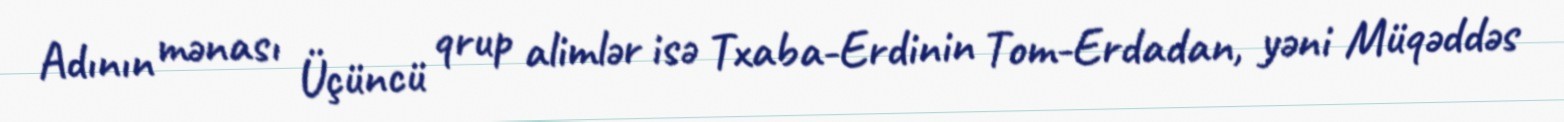
Adının mənası Üçüncü qrup alimlər isə Txaba-Erdinin Tom-Erdadan, yəni Müqəddəs